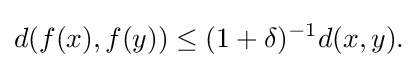
\displaystyle {d(f(x),f(y))\leq (1+\delta )^{-1}d(x,y).}